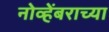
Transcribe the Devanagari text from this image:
नोव्हेंबराच्या